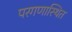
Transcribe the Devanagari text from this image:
परगणास्थित